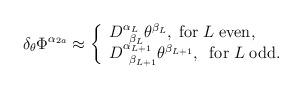
LaTeX: \begin{align*}\delta _\theta \Phi ^{\alpha _{2a}}\approx \left\{ \begin{array}{l}D_{\;\;\beta _L}^{\alpha _L}\theta ^{\beta _L},\; {\rm for}\;L\;{\rm even}, \\ D_{\;\;\beta _{L+1}}^{\alpha _{L+1}}\theta^{\beta _{L+1}},\;\;{\rm for}\;L\;{\rm odd}. \end{array}\right.\end{align*}